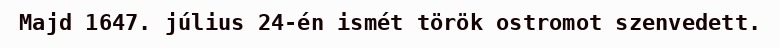
Majd 1647. július 24-én ismét török ostromot szenvedett.